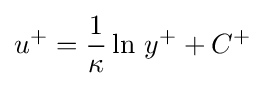
u^{+}={\frac {1}{\kappa }}\ln \,y^{+}+C^{+}